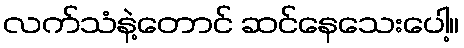
လက်သံနဲ့တောင် ဆင်နေသေးပေါ့။